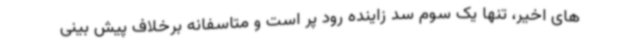
های اخیر، تنها یک سوم سد زاینده رود پر است و متاسفانه برخلاف پیش بینی